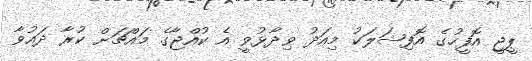
ޕީޖީ އޮފީހުގެ އޮފިޝަލަކު މިއަދު ވިދާޅުވީ އެ ކުއްޖާގެ މައްޗަށް ކުރާ ދައުވާ